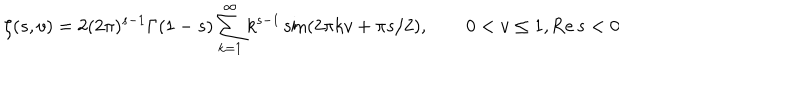
\zeta ( s , v ) = 2 ( 2 \pi ) ^ { s - 1 } \Gamma ( 1 - s ) \sum _ { k = 1 } ^ { \infty } k ^ { s - 1 } \sin ( 2 \pi k v + \pi s / 2 ) , \qquad 0 < v \leq 1 , \mathrm { R e } \, s < 0